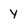
Character: y